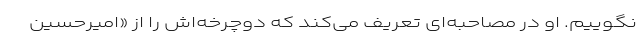
نگوییم. او در مصاحبه‌ای تعریف می‌کند که دوچرخه‌اش را از «امیرحسین